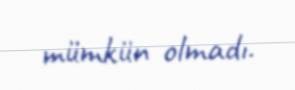
mümkün olmadı.